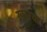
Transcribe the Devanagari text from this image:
खारवा